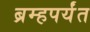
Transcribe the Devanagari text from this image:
ब्रम्हपर्यंत